Leaving Certificate, 1888
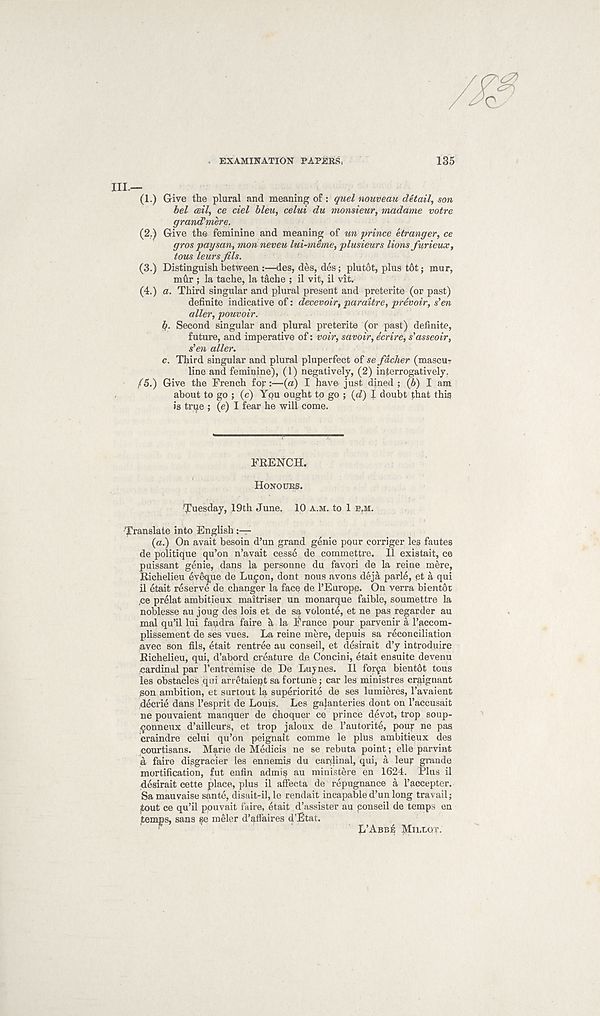
EXAMINATION PAPERS,
135
HI.—
(1.) Give the plural and meaning of: quel nouveau detail, son
bel ceil, ce del bleu, celui du monsieur, madame votre
grand’mere.
(2.) Give the feminine and meaning of un prince etranger, ce
gros paysan, mon neveu lui-meme, plusieurs lions furieux,
tous leurs fils.
(3.) Distinguish between :—des, des, des; plutot, plus t&t; mur,
mur ; la tache, la tache ; il vit, il vit.
(4.) a. Third singular and plural present and preterite (or past)
definite indicative of: decevoir, paraitre, prevoir, s'en
alter, pouvoir.
If. Second singular and plural preterite (or past) definite,
future, and imperative of: voir, savoir, ecrire, s'asseoir,
s'en aller.
c. Third singular and plural pluperfect of se fdcher (mascu?
line and feminine), (1) negatively, (2) interrogatively.
/5.) Give the French for:—(a) I have just dined ; (6) I am
about to go ; (c) YQU ought to go ; (d) X doubt that thig
is true ; (e) I fear he will come.
FRENCH.
HONOURS.
Tuesday, 19th June. 10 A.M. to 1 B,M.
Translate into English
(a.) On avait besoin d’un grand genie pour corriger leg fautes
de politique qu’on n’avait cesse de commettre. Il existait, ce
puissant genie, dans la persoune du favqri de la reine mere,
Richelieu eveque de Lujon, dont nous avons deja parle, et a qui
il etait reserve de changer la face de I’Europe. On verra bientot
.ce prelat ambitieux maitriser un monarque faible, soumettre la
noblesse au joug des lois et de sa volonte, et ne pas regarder au
mal qu’il lui faudra faire a la France pour parvenir a 1’accom-
plissement de ses vues. La reine mere, depuis sa reconciliation
avec son fils, etait rentree au conseil, et desirait d’y introduire
Richelieu, qui, d’abord creature de Concini, etait ensuite devenu
cardinal par I’entremise de De Luynes. Il forfa bientdt tous
les obstacles qui arretaiept sa fortune; car les ministres craignant
son ambition, et surtout la superiorite de ses lumieres, 1’avaient
decrie dans 1’esprit de Louis. Les galanteries dont on I’accusait
ne pouvaient manquer de choquer ce prince devot, trop soup-
^onneux d’ailleurs, et trop jaloux de Pautorite, pour ne pas
Craindre celui qu’on peignait comme le plus ambitieux des
courtisans. Mane de Medicis ne se rebuta point; elle parvint
a faire disgracier les ennemis du cardinal, qui, a leur grande
mortification, fut enfin admig au ministere en 1624. Plus il
desirait cette place, plus il affecta de repugnance a Paccepter.
Samauvaise sante, disait-il,le rendait incapable d’un long travail j
tout ce qu’il ppuvait faire, etait d’assistet au ponseil de temps en
temps, sans §e meler d’affaires d’Etat.
L’ABBE Mn,tor.